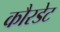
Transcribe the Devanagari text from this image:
कौरडेट